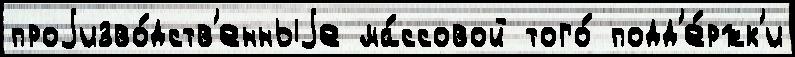
проjизво́дств'енныjе ма́ссовой того́ подд'е́ржк'и